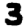
Digit: 3